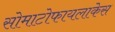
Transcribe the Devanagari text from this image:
सोमाटोफायलाकेस